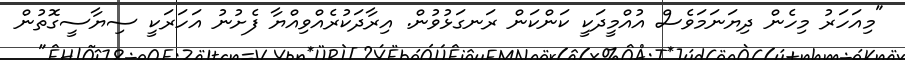
"މިއަހަރު މިހެން ދިޔަނަމަވެސް އުއްމީދަކީ ކަންކަން ރަނގަޅުވުން. އިރާދަކުރެއްވިއްޔާ ފެށުނު އަހަރަކީ ސިޔާސީގޮތުން